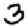
Digit: 3